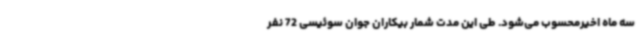
سه ماه اخیرمحسوب می‌شود. طی این مدت شمار بیکاران جوان سوئیسی 72 نفر